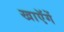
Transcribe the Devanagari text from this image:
खाएॅगें